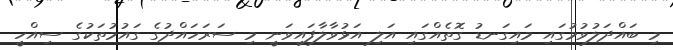
މި ބައްދަލުވުމުގައި މައިގަނޑު ގޮތެއްގައި އަލި އަޅުވާލާފައިވަނީ މި ސަރަަހައްދުގެ ގައުމުތަކުގެ ސިއްހީ